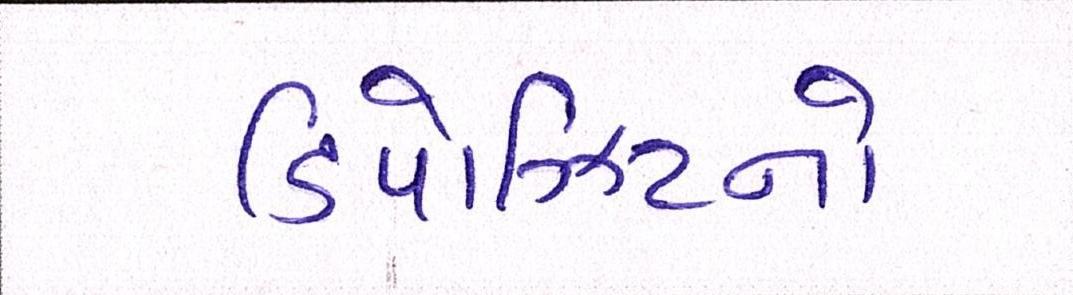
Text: ડિપોઝિટનો